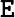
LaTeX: \mathtt{E}